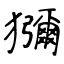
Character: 獼